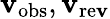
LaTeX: \mathbf{v}_{\mathrm{{obs}}},\mathbf{v}_{\mathrm{{re\mathbf{v}}}}